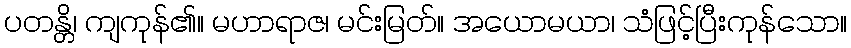
ပတန္တိ၊ ကျကုန်၏။ မဟာရာဇ၊ မင်းမြတ်။ အယောမယာ၊ သံဖြင့်ပြီးကုန်သော။